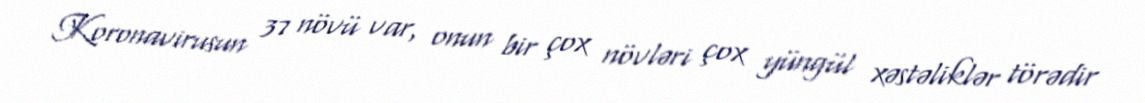
Koronavirusun 37 növü var, onun bir çox növləri çox yüngül xəstəliklər törədir